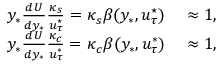
\begin{array} { r l } { y _ { * } \frac { d U } { d y _ { * } } \frac { \kappa _ { s } } { u _ { \tau } ^ { \star } } = \kappa _ { s } \beta ( y _ { * } , u _ { \tau } ^ { \star } ) } & { { } \approx 1 , } \\ { y _ { * } \frac { d U } { d y _ { * } } \frac { \kappa _ { c } } { u _ { \tau } ^ { * } } = \kappa _ { c } \beta ( y _ { * } , u _ { \tau } ^ { * } ) } & { { } \approx 1 , } \end{array}